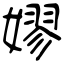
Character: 嫪